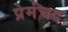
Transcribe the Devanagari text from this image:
प्रेमंचद